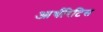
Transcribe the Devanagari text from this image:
आर्थरिटिस